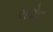
લઢોદ